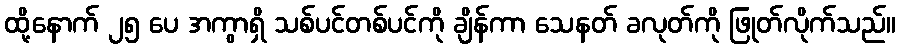
ထို့နောက် ၂၅ ပေ အကွာရှိ သစ်ပင်တစ်ပင်ကို ချိန်ကာ သေနတ် ခလုတ်ကို ဖြုတ်လိုက်သည်။